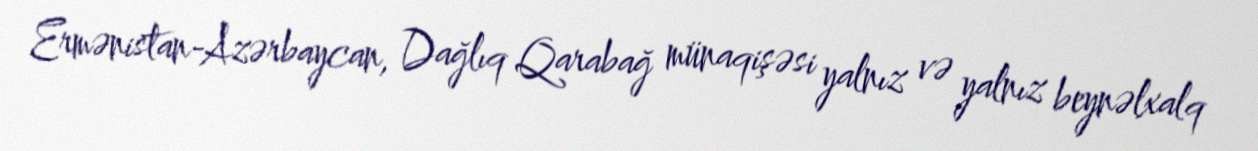
Ermənistan-Azərbaycan, Dağlıq Qarabağ münaqişəsi yalnız və yalnız beynəlxalq